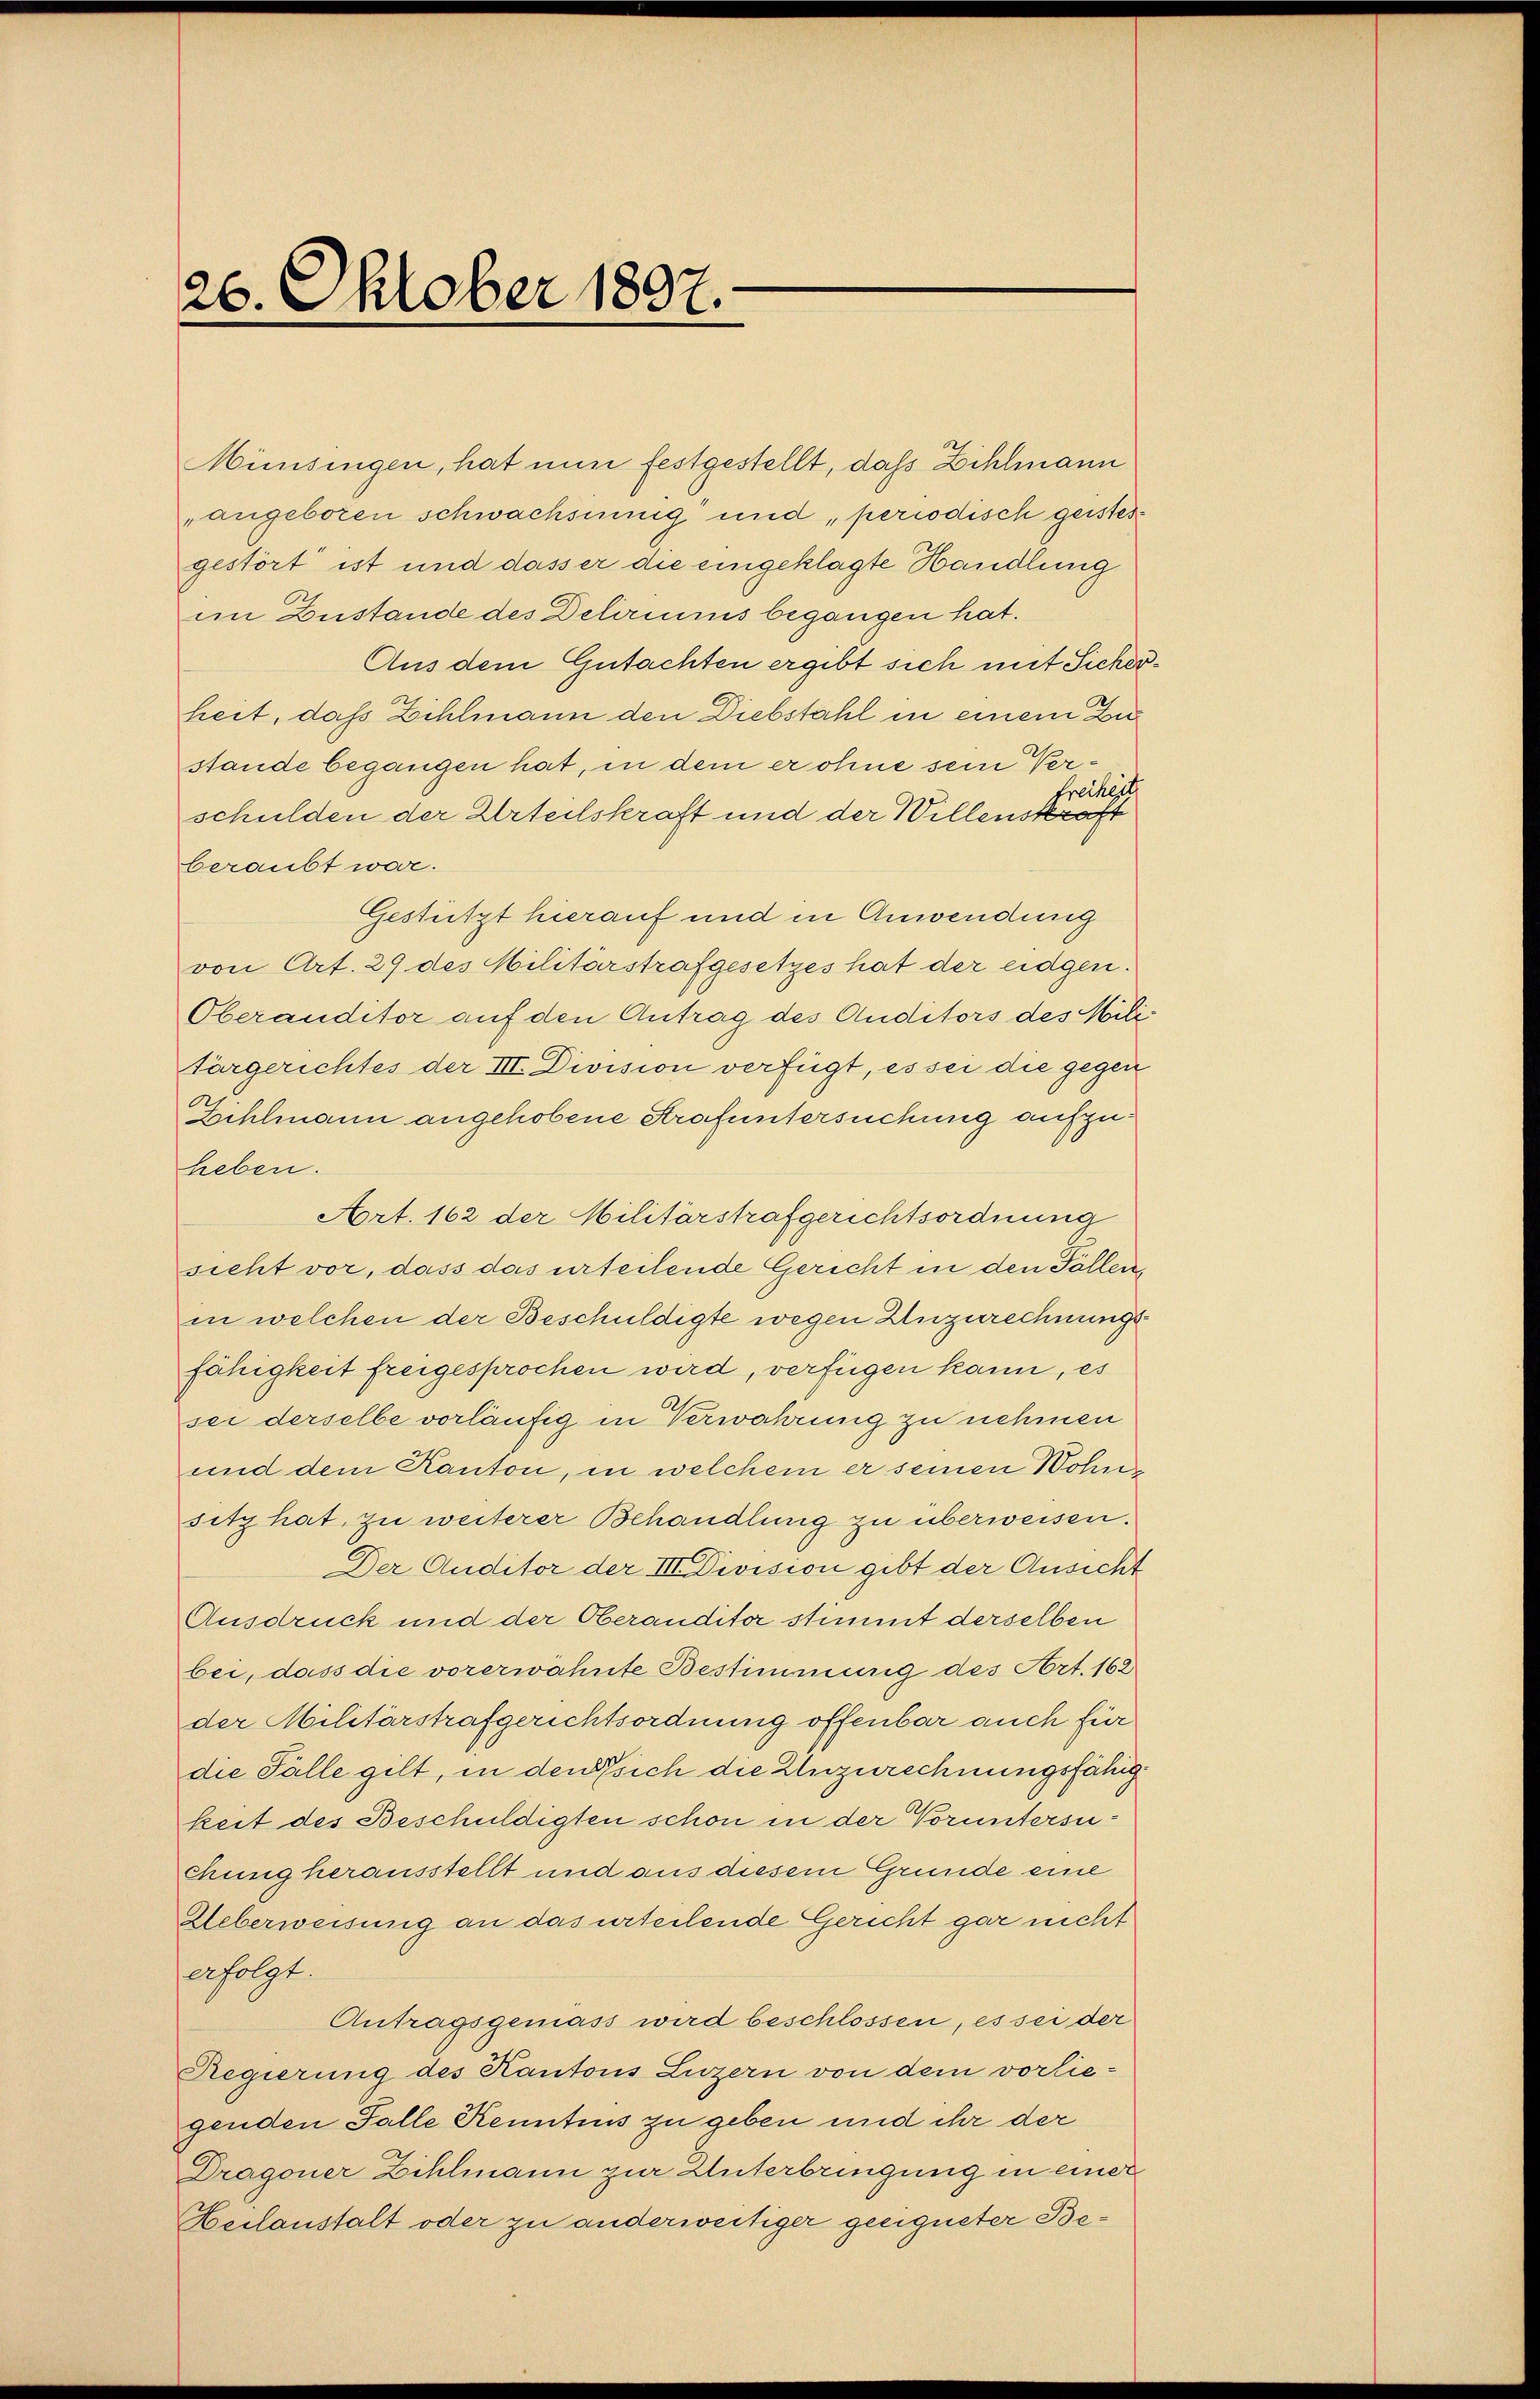
26. Oktober 1897.

Minsingen, hat nun festgestellt, daß Zihlmann
„angeboren schwachsuung und, periodisch geistesgestört ist und dasser die eingeklagte Handlung
im Zustande des Deliriums begangen hat.
Aus dem Gutachten ergibt sich mit Sicher
heit, daß Zihlmann den Diebstahl in einem Donstande begangen hat, in dem er ohne sein Ver¬
Freiheit
schulden der Urteilskraft und der Willenskraft
beraubt war.
Gestützt hierauf und in Anwendung
von Art. 29 des Militärstrafgesetzes hat der eidgen.
Oberanditor auf den Antrag des Auditors des Mile
tärgerichtes der III. Division verfügt, es sei die gegen
Zihlmann angehobene Strafuntersuchung aufzuheben.
Art. 162 der Militärstrafgerichtsordnung
sicht vor, dass das urteilende Gericht in den Fällen,
in welchen der Beschuldigte wegen Unzurechnungsfähigkeit freigesprochen wird, verfügen kann, es
sei derselbe vorläufig in Verwahrung zu nehmen
und dem Kanton, in welchem er seinen Wohnsitz hat, zu weiterer Behandlung zu überweisen.
Der Auditor der III Division gibt der Ansicht
Ausdruck und der Oberanditor stimmt derselben
bei, dass die vorerwähnte Bestimmung des Art. 162
der Militärstrafgerichtsordnung offenbar auch für
die Fälle gilt, in den sich die Unzurechnungsfähigkeit des Beschuldigten schon in der Voruntersuchung herausstellt und aus diesem Grunde eine
Ueberweisung an das urteilende Gericht gar nicht
erfolgt.
Antragsgeniess wird beschlossen, es sei der
Regierung des Kantons Luzern von dem vorliegenden Falle Kenntnus zu geben und ihr der
Dragoner Zihlmann zur Unterbringung in einer
Heilanstalt oder zu anderweitiger geeigneter Be¬